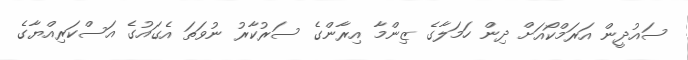
ސައުދީން އަރަމްކޯއަށް ދިން ހަމަލާގެ ޒިންމާ އިރާންގެ ސަރުކާރު ނުވަތަ އެގައުގެ އަސްކަރިއްޔާގެ